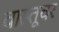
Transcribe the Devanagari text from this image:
वास्तूवर